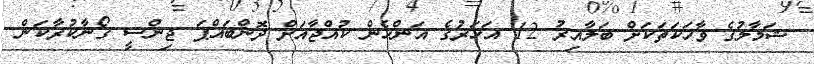
ޝަމާލުގެ ވާހަކަތަކަށް ބަލާއިރު 12 އަހަރުގެ އަންހެން ކުއްޖާއަށް ދޮންބައްޕަ ޖިންސީ ގޯނާކުރާކަން